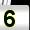
Digit: 5